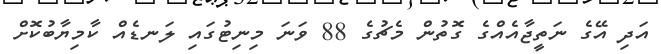
އަދި އޭގެ ނަތީޖާއެއްގެ ގޮތުން މެޗުގެ 88 ވަނަ މިނިޓުގައި ލަނޑެއް ކާމިޔާބުކޮށް